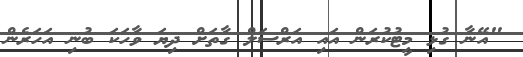
"އޭނާ ގުޅި މީޓުކުރަން އައި އަރްސަލް ގާތަށް ދިޔަ ވާހަކަ ބުނި އަހަރެން